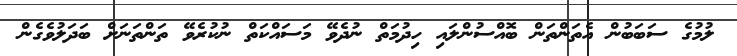
ލުމުގެ ސަބަބުން އެތަންތަން ބޮއްސުންލައި ހިދުމަތް ނުދެވޭ މަސައްކަތް ނުކުރެވޭ ތަންތަނަށް ބަދަލުވެގެން